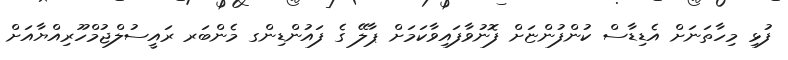
ފުޅި މިހާތަނަށް އެޑިޑާސް ކުންފުންޏަށް ފޮނުވާފައިވާކަމަށް ޕާލޭ ގެ ފައުންޑިންގ މެންބަރ ރައީސުލްޖުމްހޫރިއްޔާއަށް